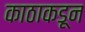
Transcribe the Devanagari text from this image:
काठाकडून